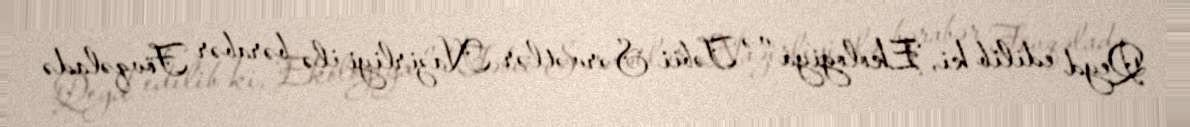
Qeyd edilib ki, Ekologiya və Təbii Sərvətlər Nazirliyi ilə bərabər Fövqəladə